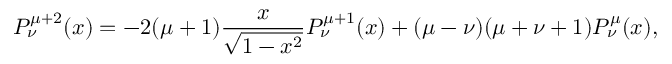
P _ { \nu } ^ { \mu + 2 } ( x ) = - 2 ( \mu + 1 ) \frac { x } { \sqrt { 1 - x ^ { 2 } } } P _ { \nu } ^ { \mu + 1 } ( x ) + ( \mu - \nu ) ( \mu + \nu + 1 ) P _ { \nu } ^ { \mu } ( x ) ,